Problem: 36 + 4 = ?
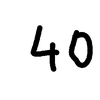
Handwritten answer: 40